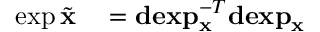
\begin{array} { r l } { \exp \tilde { \mathbf { x } } } & { { } = \mathbf { d e x p } _ { \mathbf { x } } ^ { - T } \mathbf { d e x p } _ { \mathbf { x } } } \end{array}